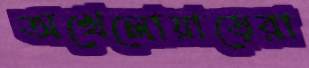
অখেলোয়াড়েরা